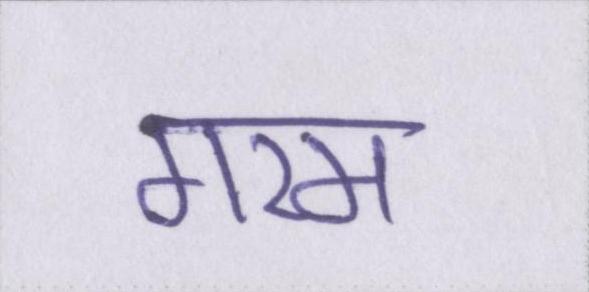
गरम